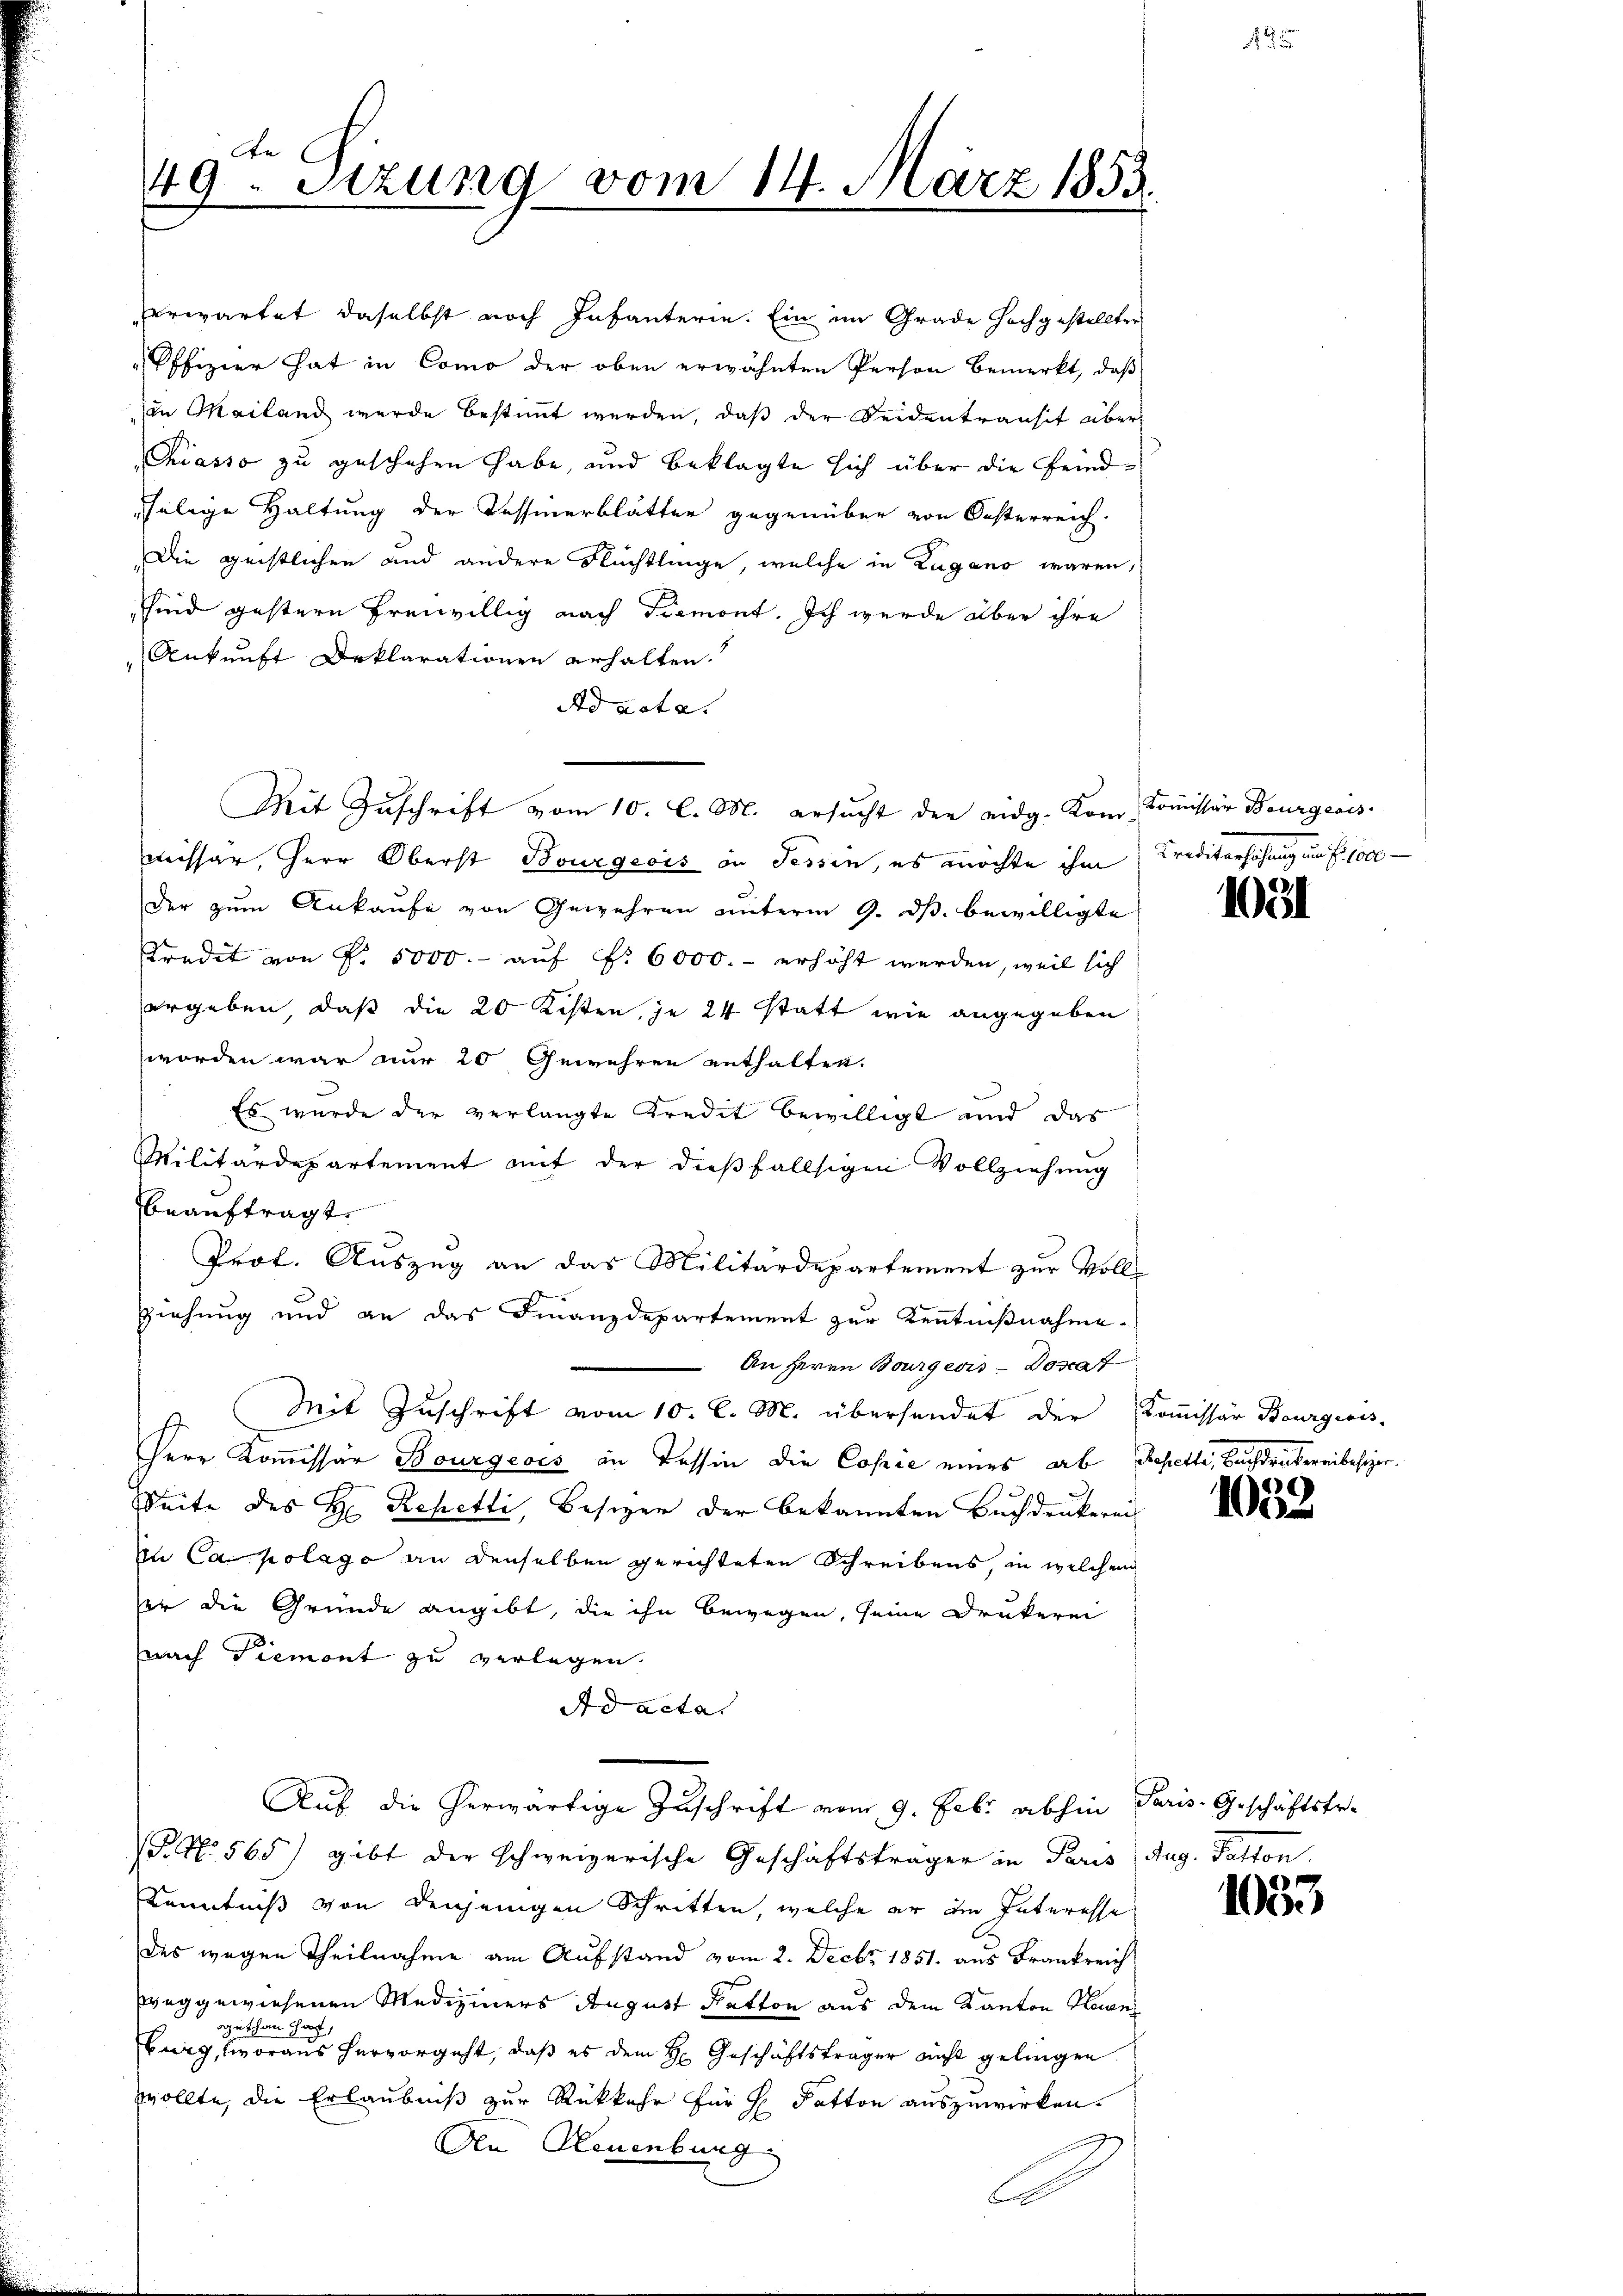
An
49. Sitzung vom 14. März 1853.

Sind gestern freiwillig nach Tremont. Ich wurde über ihre
Ankunft Deklarationen erhalten.
Ad acta.
Mit Zuschrift vom 10. l. M. ersucht der eidg. Kom- Commissär Bourgeois
missar, Herr Oberst Bourgeois in Tessin, es möchte ihm
der zum Ankaufe von Gewehren unterm 9. ds. bewilligte
Kredit von P. 5000.- auf §. 6000.- erhöht werden, weil sich
ergeben, daß die 20 Kisten, je 24 statt wie angegeben
worden war nur 20 Gewehren enthalten.
Es wurde der verlangte Kredit bewilligt und der
Militärdepartement auf der dießfallsigen Vollziehung
beauftragt.
Prof. Auszug an das Militärdepartement zur Voll¬
Ziehung und an das Finanzdepartement zur Kenntnißnahme
An Herrn Bourgeris - Doscat
Mit Zuschrift vom 10. l. M. übersendet der Kommissär Bourgeois-
Perr Kommissär Bourgeois in Tessin die Copić eines ab Repetti, Buchdruckereibesizer.
Seite des H: Rehetti, Besizer der bekannten Buchdrukerei
In Capolage an denselben gerichteten Schreibens, in welchen
er die Grunde angibt, die ihn bewegen, seine Drukerei
nach Piemont zu verlegen.
Ad acta
Auf die herwärtige Zuschrift vom 9. Febr. abhin Paris Geschäftstr.
G. No. 565) gibt der schweizerische Geschäftsträger in Paris Aug. Potton.
Kenntniß von denjenigen Schritten, welche er im Interesse
des wegen Theilnahme am Aufstand vom 2. Decbr 1851. aus Frankreich
seggewiesenen Mediziners August Katton aus dem Kanton Honi
ogethan haft,
burg, woraus hervorgeht, daß es dem H. Geschäftsträger nicht gelingen.
wollte, die Erlaubniß zur Rückkehr für H Patton auszuwirken.
An Neuenburg

Erwartet daselbst noch Infanterie. Ein im Grade Hochgestellter
Pffizier hat in Como der oben erwähnten Person bemerkt, daß
van Mailand wurde bestimmt werden, daß der Seidentransit über
Chiasso zu geschehen habe, und beklagte sich über die Feindselige Haltung der Tessinerblätter gegenüber von Oesterreich.
Die geistlichen und andere Flüchtlinge, welche in Zugano waren,

C

Kreditansehung in Er soll

1031

29)

e

1

1000